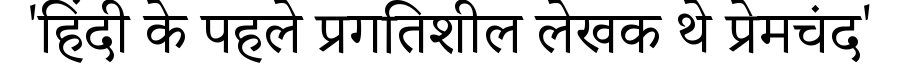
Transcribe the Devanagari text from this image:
'हिंदी के पहले प्रगतिशील लेखक थे प्रेमचंद'